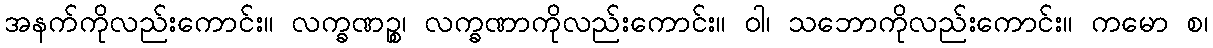
အနက်ကိုလည်းကောင်း။ လက္ခဏဉ္စ၊ လက္ခဏာကိုလည်းကောင်း။ ဝါ၊ သဘောကိုလည်းကောင်း။ ကမော စ၊